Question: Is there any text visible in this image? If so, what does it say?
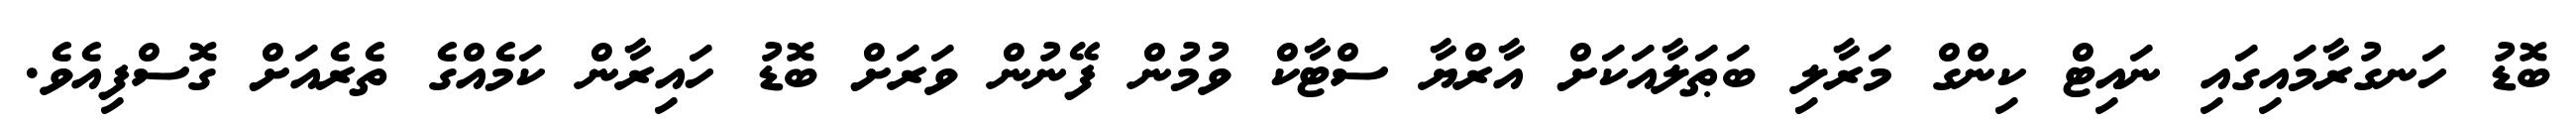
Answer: ބޮޑު ހަނގުރާމައިގައި ނައިޓް ކިންގް މަރާލި ބަޠަލާއަކަށް އާރްޔާ ސްޓާކް ވުމުން ފޭނުން ވަރަށް ބޮޑު ހައިރާން ކަމެއްގެ ތެރެއަށް ގޮސްފިއެވެ.